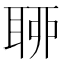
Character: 𦕼